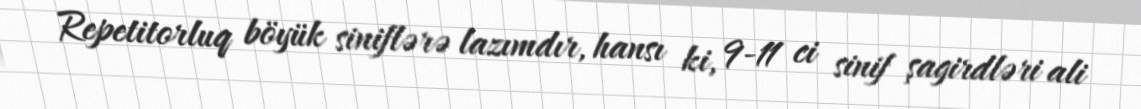
Repetitorluq böyük siniflərə lazımdır, hansı ki, 9-11 ci sinif şagirdləri ali